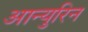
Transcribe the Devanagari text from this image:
आन्युरिन